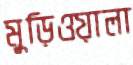
মুড়িওয়ালা